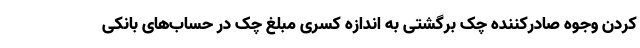
کردن وجوه صادرکننده چک برگشتی به اندازه کسری مبلغ چک در حساب‌های بانکی